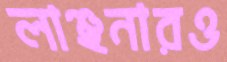
লাঞ্ছনারও